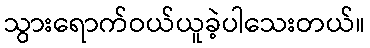
သွားရောက်ဝယ်ယူခဲ့ပါသေးတယ်။